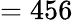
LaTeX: =456